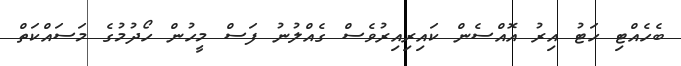
ބެހެއްޓި ހަޓު އިރު އޮއްސެން ކައިރިއިރުވެސް ގެއްލުނު ފަސް މީހުން ހޯދުމުގެ މަސައްކަތް